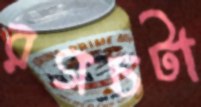
রগচটা